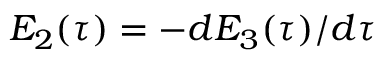
E _ { 2 } ( \tau ) = - d E _ { 3 } ( \tau ) / d \tau